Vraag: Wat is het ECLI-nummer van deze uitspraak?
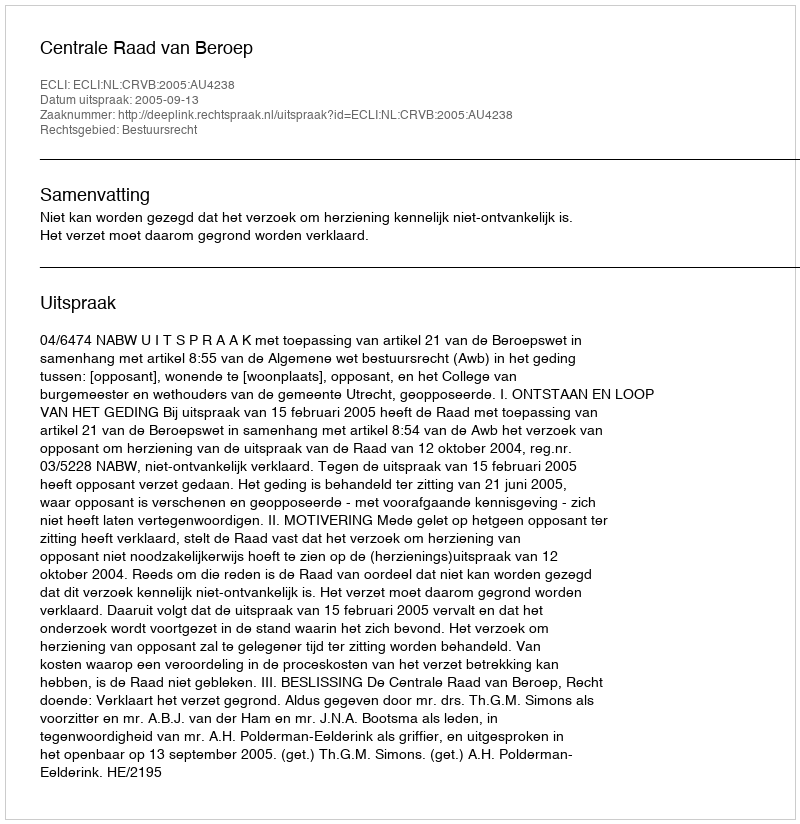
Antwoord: ECLI:NL:CRVB:2005:AU4238